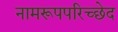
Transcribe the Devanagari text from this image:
नामरूपपरिच्छेद